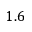
1 . 6